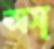
অস্